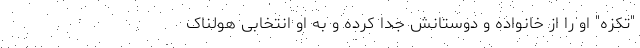
"تکزه" او را از خانواده و دوستانش جدا کرده و به او انتخابی هولناک